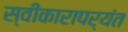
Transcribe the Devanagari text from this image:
स्वीकारापर्यंत